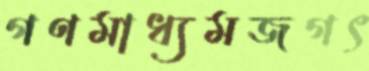
গণমাধ্যমজগৎ